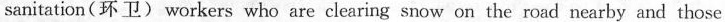
sanitation(环卫)workers who are clearing snow on the road nearby and those